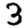
Digit: 3